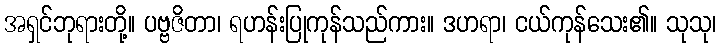
အရှင်ဘုရားတို့။ ပဗ္ဗဇိတာ၊ ရဟန်းပြုကုန်သည်ကား။ ဒဟရာ၊ ငယ်ကုန်သေး၏။ သုသု၊